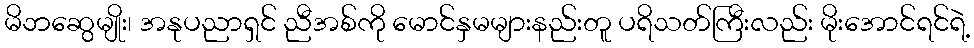
မိဘဆွေမျိုး၊ အနုပညာရှင် ညီအစ်ကို မောင်နှမများနည်းတူ ပရိသတ်ကြီးလည်း မိုးအောင်ရင်ရဲ့